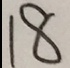
1 8